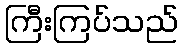
ကြီးကြပ်သည်